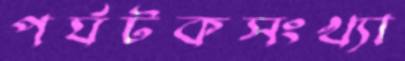
পর্যটকসংখ্যা